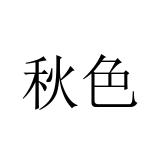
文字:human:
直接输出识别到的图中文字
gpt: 秋色